Madras plague regulations and rules for the inspection of inward and outward bound vessels - Volume 1
Disease focus: Plague
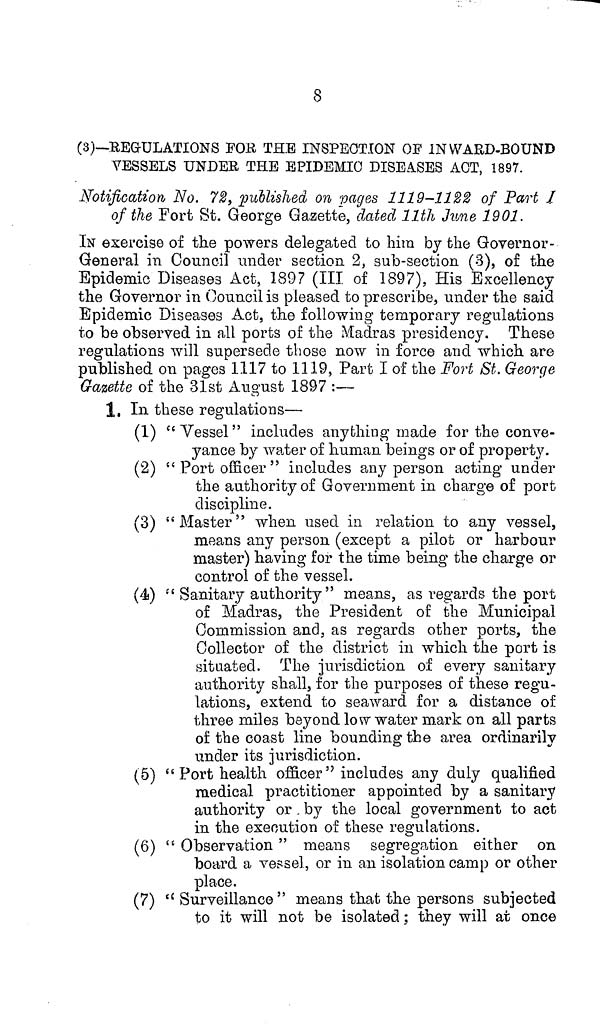
8
(3)—REGULATIONS FOR THE INSPECTION OF INWARD-BOUND
YESSELS UNDER THE EPIDEMIC DISEASES ACT, 1897.
Notification No. 72, published on pages 1119-1122 of Part /
of the Fort St. George Gazette, dated 11th June 1901.
IN exercise of the powers delegated to him by the Governor-
General in Council under section 2, sub-section (3), of the
Epidemic Diseases Act, 189? (III of 1897), His Excellency
the Governor in Council is pleased to prescribe, under the said
Epidemic Diseases Act, the following temporary regulations
to be observed in all ports of the Madras presidency. These
regulations will supersede those now in force and which are
published on pages 1117 to 1119, Part I of the Fort St. George
Gazette of the 31st August 1897 :—
1. In. these regulations—
(1) "Vessel" includes anything made for the conve-
yance by water of human beings or of property.
(2) " Port officer " includes any person acting under
the authority of Government in charge of port
discipline.
(3) " Master" when used in relation to any vessel,
means any person (except a pilot or harbour
master) having for the time being the charge or
control of the vessel.
(4) " Sanitary authority " means, as regards the port
of Madras, the President of the Municipal
Commission and, as regards other ports, the
Collector of the district in which the port is
situated. The jurisdiction of every sanitary
authority shall, for the purposes of these regu-
lations, extend to seaward for a distance of
three miles beyond low water mark on all parts
of the coast line bounding the area ordinarily
under its jurisdiction.
(5) " Port health officer" includes any duly qualified
medical practitioner appointed by a sanitary
authority or , by the local government to act
in the execution of these regulations.
(6) " Observation " means segregation either on
board a vessel, or in an isolation camp or other
place.
(7) " Surveillance" means that the persons subjected
to it will not be isolated ; they will at once